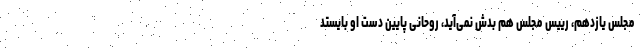
مجلس یازدهم، رییس مجلس هم بدش نمی‌آید، روحانی پایین دست او بایستد